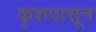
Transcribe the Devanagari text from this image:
कृशपासून